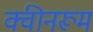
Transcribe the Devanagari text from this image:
क्वीनरूम